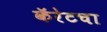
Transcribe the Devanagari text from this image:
कॅरेटचा